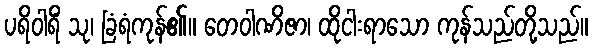
ပရိဝါရိံ သု၊ ခြံရံကုန်၏။ တေဝါဏိဇာ၊ ထိုငါးရာသော ကုန်သည်တို့သည်။